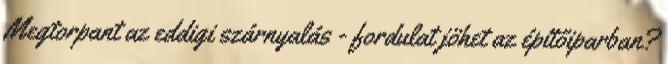
Megtorpant az eddigi szárnyalás - fordulat jöhet az építőiparban?